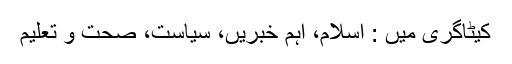
کیٹاگری میں : اسلام، اہم خبریں، سیاست، صحت و تعلیم